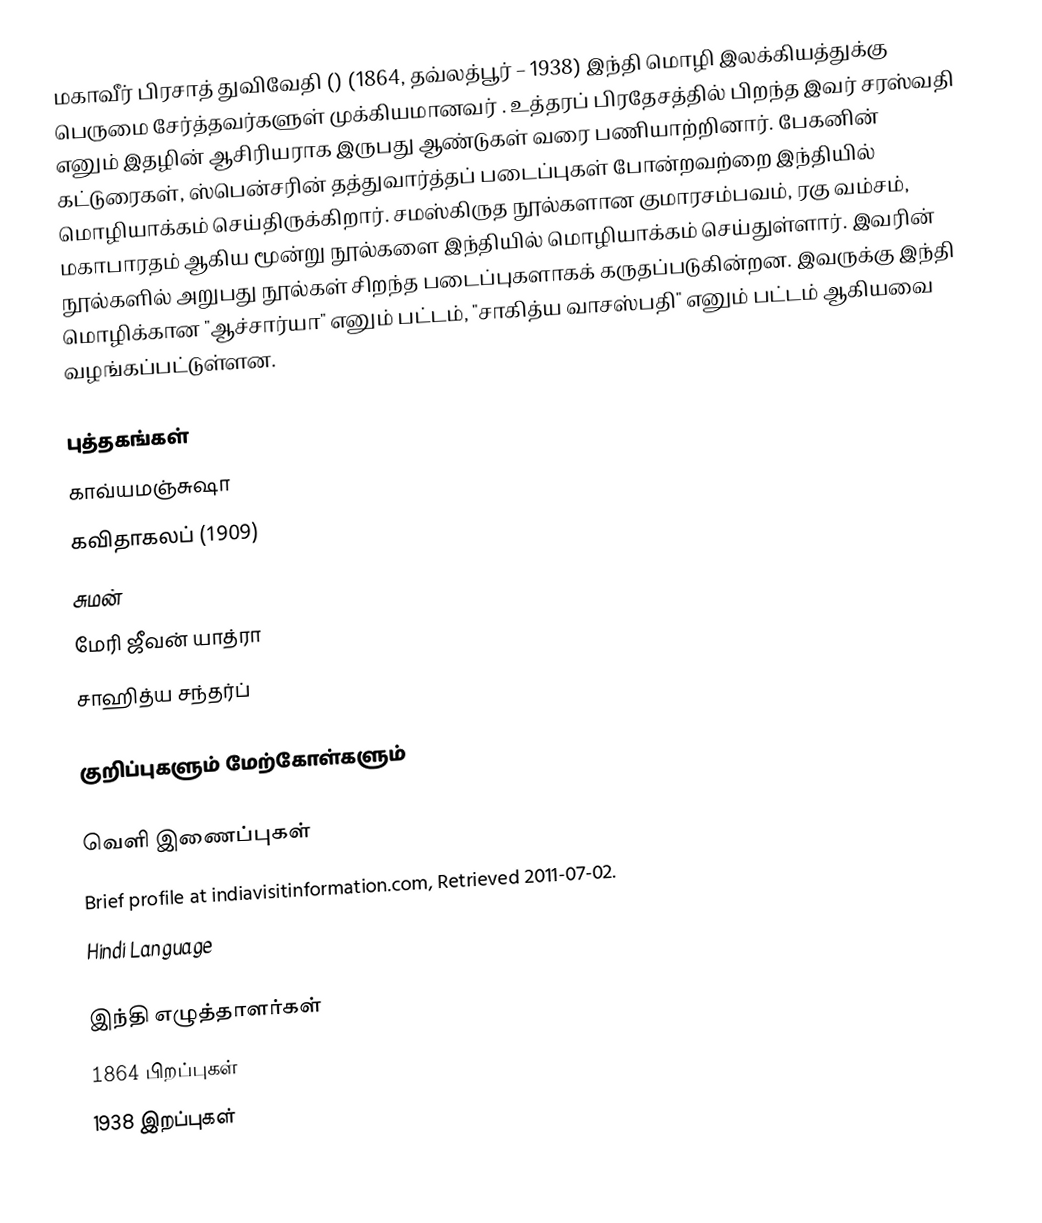
மகாவீர் பிரசாத் துவிவேதி () (1864, தவ்லத்பூர் – 1938)  இந்தி மொழி இலக்கியத்துக்கு பெருமை சேர்த்தவர்களுள் முக்கியமானவர் . உத்தரப் பிரதேசத்தில் பிறந்த இவர் சரஸ்வதி எனும் இதழின் ஆசிரியராக இருபது ஆண்டுகள் வரை பணியாற்றினார். பேகனின் கட்டுரைகள், ஸ்பென்சரின் தத்துவார்த்தப் படைப்புகள் போன்றவற்றை இந்தியில் மொழியாக்கம் செய்திருக்கிறார். சமஸ்கிருத நூல்களான குமாரசம்பவம், ரகு வம்சம், மகாபாரதம் ஆகிய மூன்று நூல்களை இந்தியில் மொழியாக்கம் செய்துள்ளார். இவரின் நூல்களில் அறுபது நூல்கள் சிறந்த படைப்புகளாகக் கருதப்படுகின்றன. இவருக்கு இந்தி மொழிக்கான "ஆச்சார்யா" எனும் பட்டம், "சாகித்ய வாசஸ்பதி" எனும் பட்டம் ஆகியவை வழங்கப்பட்டுள்ளன.

புத்தகங்கள்
 காவ்யமஞ்சுஷா
 கவிதாகலப் (1909)
 சுமன்
 மேரி ஜீவன் யாத்ரா
 சாஹித்ய சந்தர்ப்

குறிப்புகளும் மேற்கோள்களும்

வெளி இணைப்புகள்
 Brief profile  at indiavisitinformation.com, Retrieved 2011-07-02.
 Hindi Language

இந்தி எழுத்தாளர்கள்
1864 பிறப்புகள்
1938 இறப்புகள்